Note on the mental hospitals in Burma - 1925-1940
Year: 1925
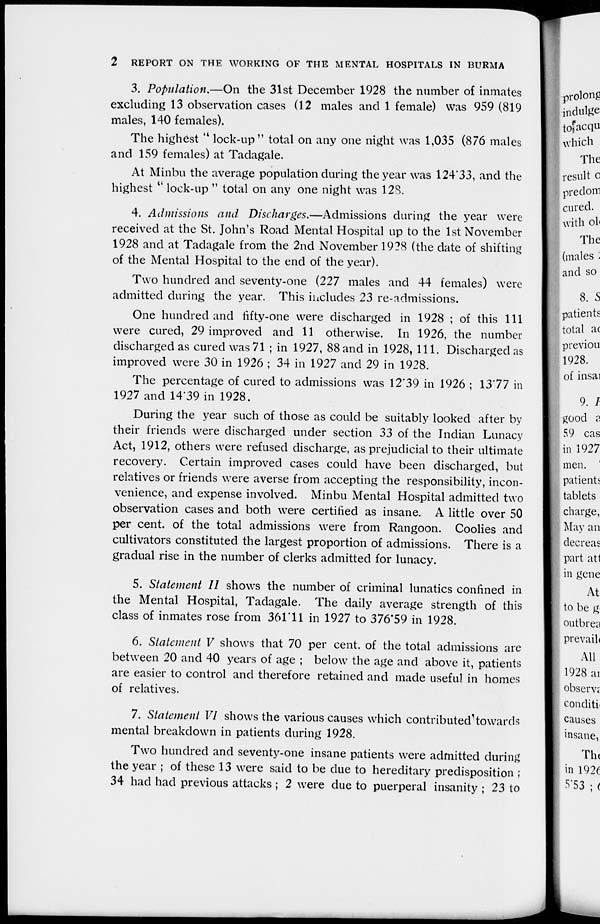
2 REPORT ON THE WORKING OF THE MENTAL HOSPITALS IN BURMA
3. Population.—On the 31st December 1928 the number of inmates
excluding 13 observation cases (12 males and 1 female) was 959 (819
males, 140 females).
The highest '' lock-up " total on any one night was 1,035 (876 males
and 159 females) at Tadagale.
At Minbu the average population during the year was 124.33, and the
highest '' lock-up " total on any one night was 128.
4. Admissions and Discharges.—Admissions during the year were
received at the St. John's Road Mental Hospital up to the 1st November
1928 and at Tadagale from the 2nd November 1928 (the date of shifting
of the Mental Hospital to the end of the year).
Two hundred and seventy-one (227 males and 44 females) were
admitted during the year. This includes 23 re-admissions.
One hundred and fifty-one were discharged in 1928 ; of this 111
were cured, 29 improved and 11 otherwise. In 1926, the number
discharged as cured was71 ; in 1927, 88 and in 1928, 111. Discharged as
improved were 30 in 1926 ; 34 in 1927 and 29 in 1928.
The percentage of cured to admissions was 12.39 in 1926 ; 13.77 in
1927 and 14.39 in 1928.
During the year such of those as could be suitably looked after by
their friends were discharged under section 33 of the Indian Lunacy
Act, 1912, others were refused discharge, as prejudicial to their ultimate
recovery. Certain improved cases could have been discharged, but
relatives or friends were averse from accepting the responsibility, incon-
venience, and expense involved. Minbu Mental Hospital admitted two
observation cases and both were certified as insane. A little over 50
per cent. of the total admissions were from Rangoon. Coolies and
cultivators constituted the largest proportion of admissions. There is a
gradual rise in the number of clerks admitted for lunacy.
5. Statement II shows the number of criminal lunatics confined in
the Mental Hospital, Tadagale. The daily average strength of this
class of inmates rose from 361.11 in 1927 to 376.59 in 1928.
6. Statement V shows that 70 per cent. of the total admissions are
between 20 and 40 years of age ; below the age and above it, patients
are easier to control and therefore retained and made useful in homes
of relatives.
7. Statement VI shows the various causes which contributed towards
mental breakdown in patients during 1928.
Two hundred and seventy-one insane patients were admitted during
the year ; of these 13 were said to be due to hereditary predisposition ;
34 had had previous attacks ; 2 were due to puerperal insanity ; 23 to